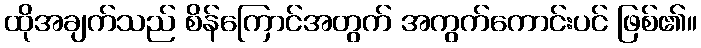
ထိုအချက်သည် စိန်ကြောင်အတွက် အကွက်ကောင်းပင် ဖြစ်၏။